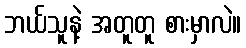
ဘယ်သူနဲ့ အတူတူ စားမှာလဲ။